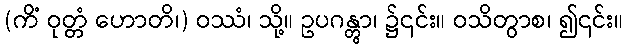
(ကိံ ဝုတ္တံ ဟောတိ၊) ဝဿံ၊ သို့။ ဥပဂန္တွာ၊ ၌၎င်း။ ဝသိတွာစ၊ ၍၎င်း။